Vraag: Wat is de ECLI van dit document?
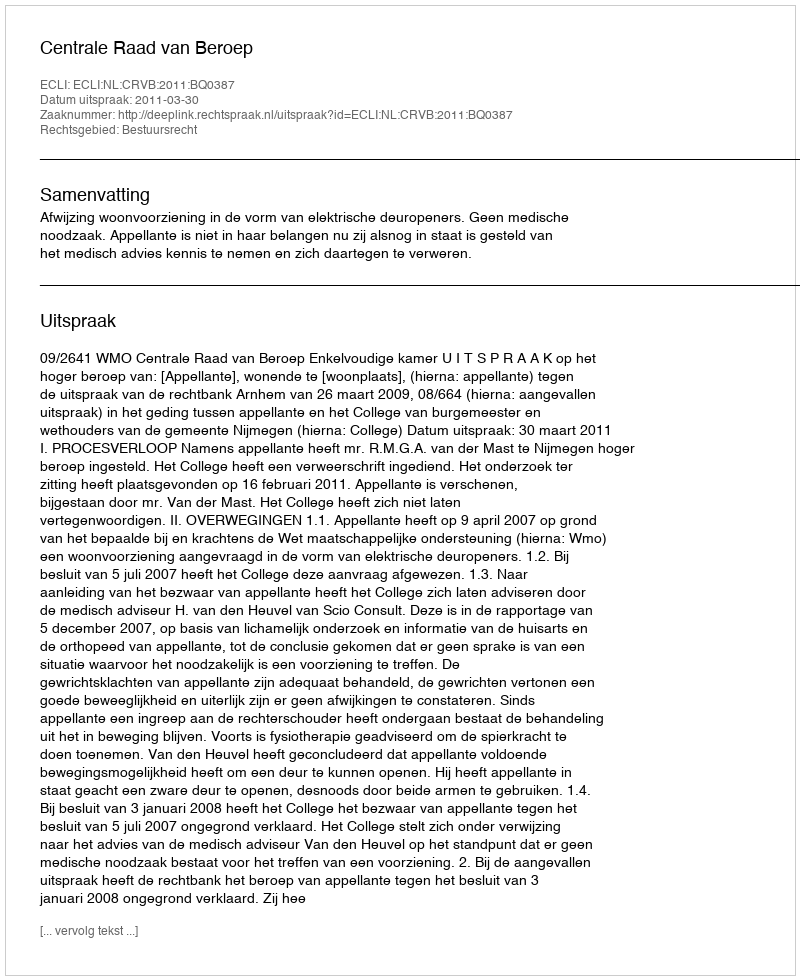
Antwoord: ECLI:NL:CRVB:2011:BQ0387